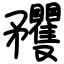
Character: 矡